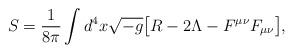
LaTeX: \begin{align*}S=\frac{1}{8\pi} \int d^4x \sqrt{-g} {\bigl [} R - 2 \Lambda - F^{\mu \nu}F_{\mu \nu} {\bigr ]}, \end{align*}